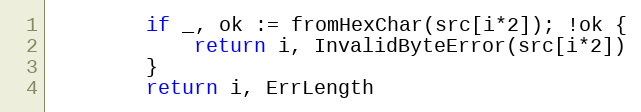
Language: Go
		if _, ok := fromHexChar(src[i*2]); !ok {
			return i, InvalidByteError(src[i*2])
		}
		return i, ErrLength